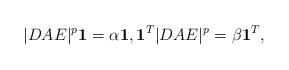
LaTeX: \begin{align*}|DAE|^p\mathbf{1} = \alpha \mathbf{1}, \mathbf{1}^T|DAE|^p = \beta\mathbf{1}^T,\end{align*}